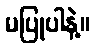
မပြုပါနဲ့။